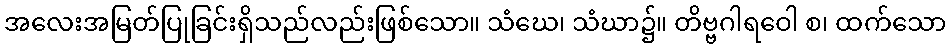
အလေးအမြတ်ပြုခြင်းရှိသည်လည်းဖြစ်သော။ သံဃေ၊ သံဃာ၌။ တိဗ္ဗဂါရဝေါ စ၊ ထက်သော